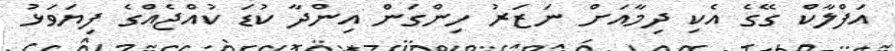
އަފްލާކް ގޭގެ އެކި ދިމާއަށް ނަޒަރު ހިންގަން އިންދާ ކުޑަ ކުއްޖެއްގެ ފިޔަވަޅު